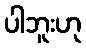
ပါဘူးဟု